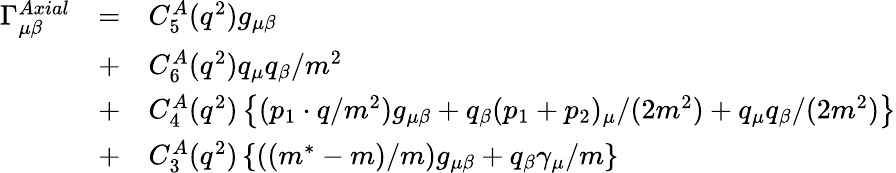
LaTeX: \begin{array}{ccl}{{\Gamma_{\mu\beta}^{Axial}}}&{{=}}&{{C_{5}^{A}(q^{2})g_{\mu\beta}}}\\ {{}}&{{+}}&{{C_{6}^{A}(q^{2})q_{\mu}q_{\beta}/m^{2}}}\\ {{}}&{{+}}&{{C_{4}^{A}(q^{2})\left\{ (p_{1}\cdot q/m^{2})g_{\mu\beta}+q_{\beta}(p_{1}+p_{2})_{\mu}/(2m^{2})+q_{\mu}q_{\beta}/(2m^{2})\right\} }}\\ {{}}&{{+}}&{{C_{3}^{A}(q^{2})\left\{ ((m^{\ast}-m)/m)g_{\mu\beta}+q_{\beta}\gamma_{\mu}/m\right\} }}\end{array}